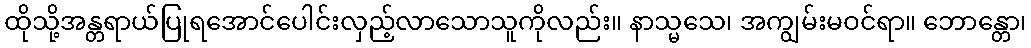
ထိုသို့အန္တရာယ်ပြုရအောင်ပေါင်းလှည့်လာသောသူကိုလည်း။ နာသ္မသေ၊ အကျွမ်းမဝင်ရာ။ ဘောန္တော၊